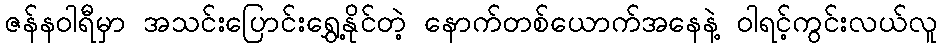
ဇန်နဝါရီမှာ အသင်းပြောင်းရွှေ့နိုင်တဲ့ နောက်တစ်ယောက်အနေနဲ့ ဝါရင့်ကွင်းလယ်လူ